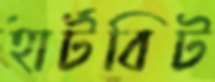
হার্টবিট